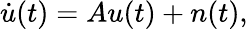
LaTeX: \dot{u}(t)=Au(t)+n(t),